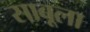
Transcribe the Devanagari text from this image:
साबूला